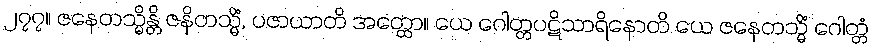
၂၇၇။ ဇနေတသ္မိန္တိ ဇနိတသ္မိံ, ပဇာယာတိ အတ္ထော။ ယေ ဂေါတ္တပဋိသာရိနောတိ ယေ ဇနေတသ္မိံ ဂေါတ္တံ